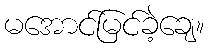
မအောင်မြင်ခဲ့ချေ။